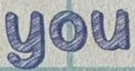
you